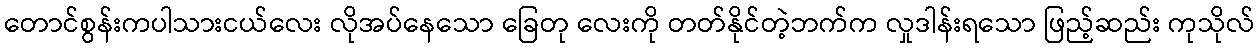
တောင်စွန်းကပါသားငယ်လေး လိုအပ်နေသော ခြေတု လေးကို တတ်နိုင်တဲ့ဘက်က လှုဒါန်းရသော ဖြည့်ဆည်း ကုသိုလ်